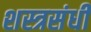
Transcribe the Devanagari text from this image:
शस्त्रसंधी